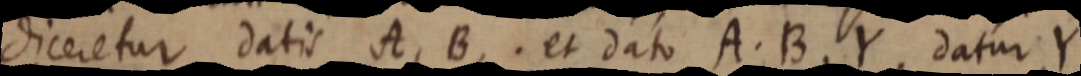
diceretur datis A, B. et dato A. B. Y datur Y